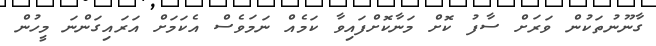
ގާނޫނުތަކުން ވަރަށް ސާފު ކޮށް މަނާކޮށްފައިވާ ކަމެއް ނަމަވެސް އެކަމަށް އަރައިގަންނަ މީހުން